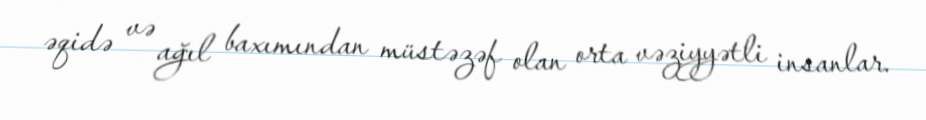
əqidə və ağıl baxımından müstəzəf olan orta vəziyyətli insanlar.